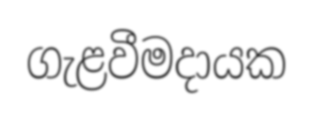
ගැළවීමදායක